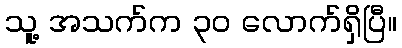
သူ့ အသက်က ၃၀ လောက်ရှိပြီ။